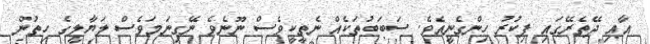
އާއި ދޭތެރޭގައި ފިކުރު ހިންގެނީއެވެ. ސަބަބުތަކެއް ނެތީކީވެސް ނޫނެވެ ނޭގިނަމަވެސް ލަޔާލީގެ ހިތުން